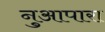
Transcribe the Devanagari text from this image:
नुआपारा